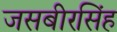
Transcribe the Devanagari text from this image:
जसबीरसिंह